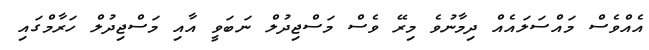
އެއްވެސް މައްސަލައެއް ދިމާނުވެ މިރޭ ވެސް މަސްޖިދުލް ނަބަވީ އާއި މަސްޖިދުލް ހަރާމްގައި